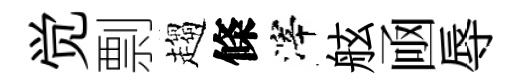
觉剽趨條滓舷凾辱